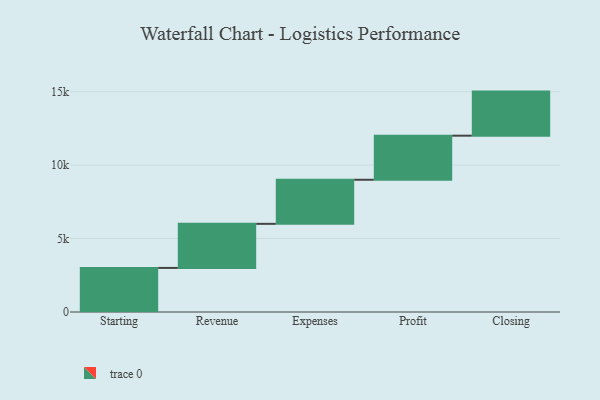
{"axis": {"x": "Step", "y": "Value"}, "legend": [""], "data": [{"x": "Starting", "y": 3000, "type": ""}, {"x": "Revenue", "y": 3000, "type": ""}, {"x": "Expenses", "y": 3000, "type": ""}, {"x": "Profit", "y": 3000, "type": ""}, {"x": "Closing", "y": 3000, "type": ""}]}